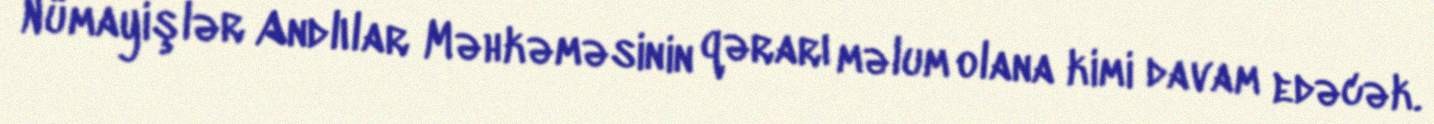
Nümayişlər Andlılar Məhkəməsinin qərarı məlum olana kimi davam edəcək.